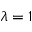
\lambda = 1